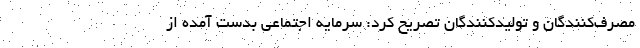
مصرف‌کنندگان و تولیدکنندگان تصریح کرد: سرمایه اجتماعی بدست آمده از